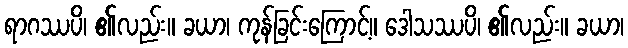
ရာဂဿပိ၊ ၏လည်း။ ခယာ၊ ကုန်ခြင်းကြောင့်။ ဒေါသဿပိ၊ ၏လည်း။ ခယာ၊